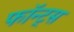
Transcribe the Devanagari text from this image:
फॉन्ट्‌स